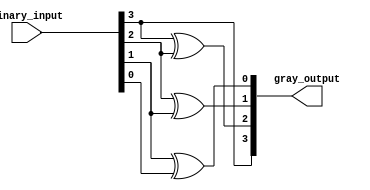
module relative_encoder #(
    parameter n = 4  // Number of bits for the binary input
)(
    input  [n-1:0] binary_input,  // n-bit binary input
    output [n-1:0] gray_output      // n-bit gray code output
);

    // Combinational logic for binary to gray code conversion
    assign gray_output[n-1] = binary_input[n-1]; // MSB remains unchanged
    genvar i;
    generate
        for (i = n-2; i >= 0; i = i - 1) begin : gray_conversion
            assign gray_output[i] = binary_input[i+1] ^ binary_input[i];
        end
    endgenerate

endmodule